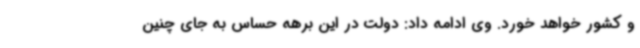
و کشور خواهد خورد. وی ادامه داد: دولت در این برهه حساس به جای چنین